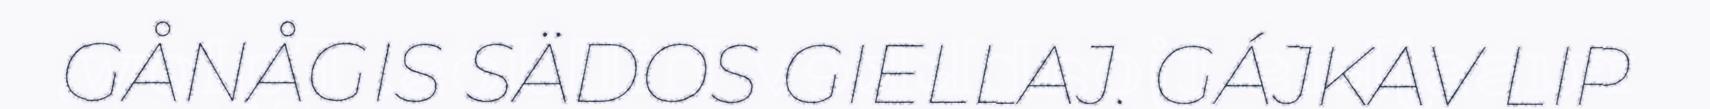
GÅNÅGIS SÄDOS GIELLAJ. GÁJKAV LIP